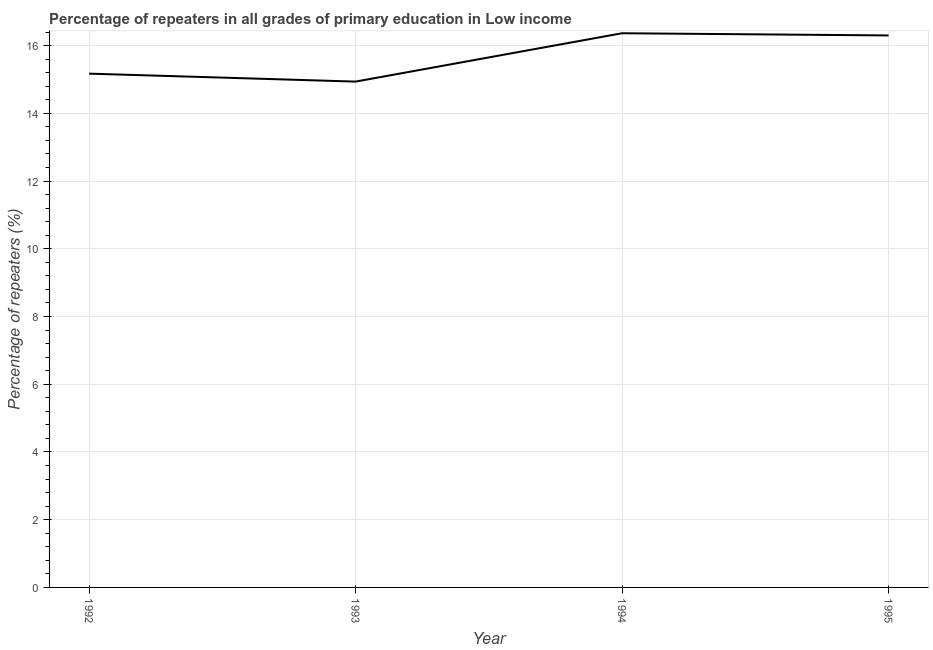
| Year | Repeaters in primary education |
 | --- | --- |
 | 1992 | 15.2 |
 | 1993 | 14.9 |
 | 1994 | 16.4 |
 | 1995 | 16.3 |